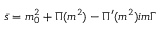
\bar { s } = m _ { 0 } ^ { 2 } + \Pi ( m ^ { 2 } ) - \Pi ^ { \prime } ( m ^ { 2 } ) i m \Gamma